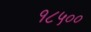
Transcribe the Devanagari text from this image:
१८५००